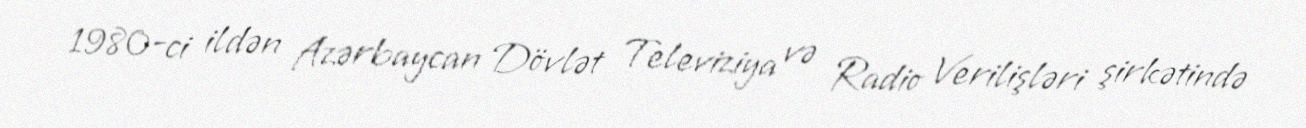
1980-ci ildən Azərbaycan Dövlət Televiziya və Radio Verilişləri şirkətində